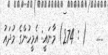
.....   ( : 274) މާނައީ: އެމީހުންގެ މުދައު